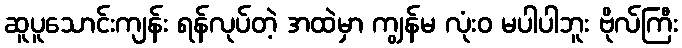
ဆူပူသောင်းကျန်း ရန်လုပ်တဲ့ အထဲမှာ ကျွန်မ လုံးဝ မပါပါဘူး ဗိုလ်ကြီး